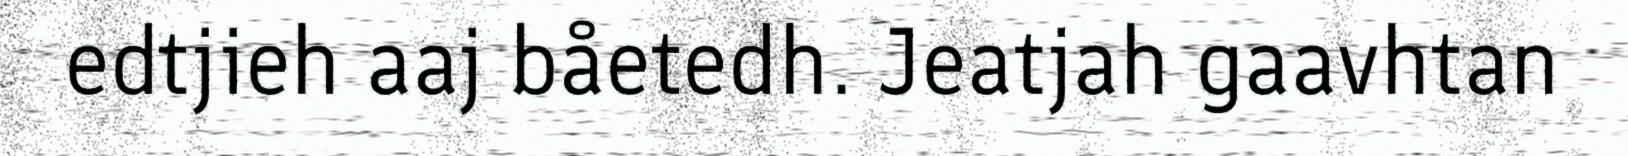
edtjieh aaj båetedh. Jeatjah gaavhtan